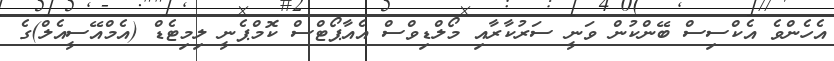
އެހެންވެ އެކްސިސް ބޭންކުން ވަނީ ސަރުކާރާއި މޯލްޑިވްސް އެއާޕޯޓްސް ކޮމްޕެނީ ލިމިޓެޑް (އެމްއޭސީއެލް)ގެ